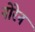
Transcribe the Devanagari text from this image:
नोरेन